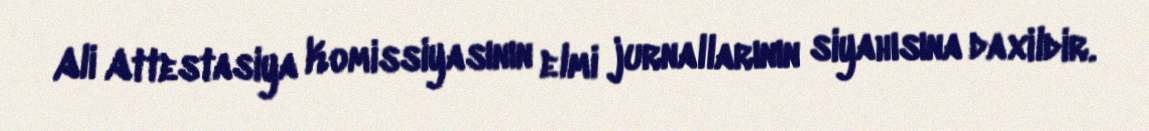
Ali Attestasiya Komissiyasının elmi jurnallarının siyahısına daxildir.